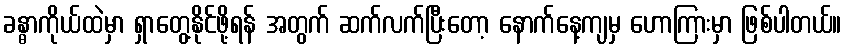
ခန္ဓာကိုယ်ထဲမှာ ရှာတွေ့နိုင်ဖို့ရန် အတွက် ဆက်လက်ပြီးတော့ နောက်နေ့ကျမှ ဟောကြားမှာ ဖြစ်ပါတယ်။